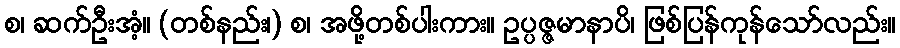
စ၊ ဆက်ဦးအံ့။ (တစ်နည်း၊) စ၊ အဖို့တစ်ပါးကား။ ဥပ္ပဇ္ဇမာနာပိ၊ ဖြစ်ပြန်ကုန်သော်လည်း။